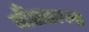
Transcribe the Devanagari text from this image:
बाँसतल्‍ला